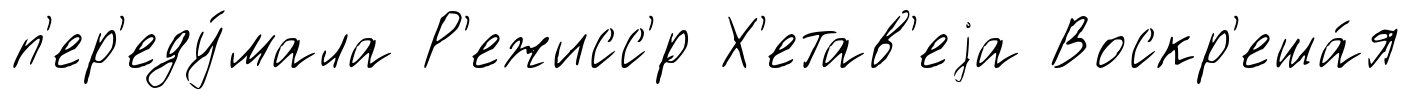
п'ер'еду́мала Р'ежисс'́р Х'етав'еjа Воскр'еша́я